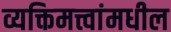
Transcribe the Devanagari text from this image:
व्यक्तिमत्त्वांमधील